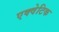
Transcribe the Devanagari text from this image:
एक्वेटिक